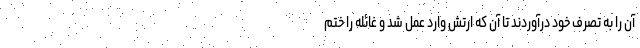
آن را به تصرف خود درآوردند تا آن که ارتش وارد عمل شد و غائله را ختم